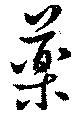
藥